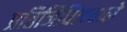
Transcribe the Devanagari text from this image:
प्रतिनिधित्ववाले